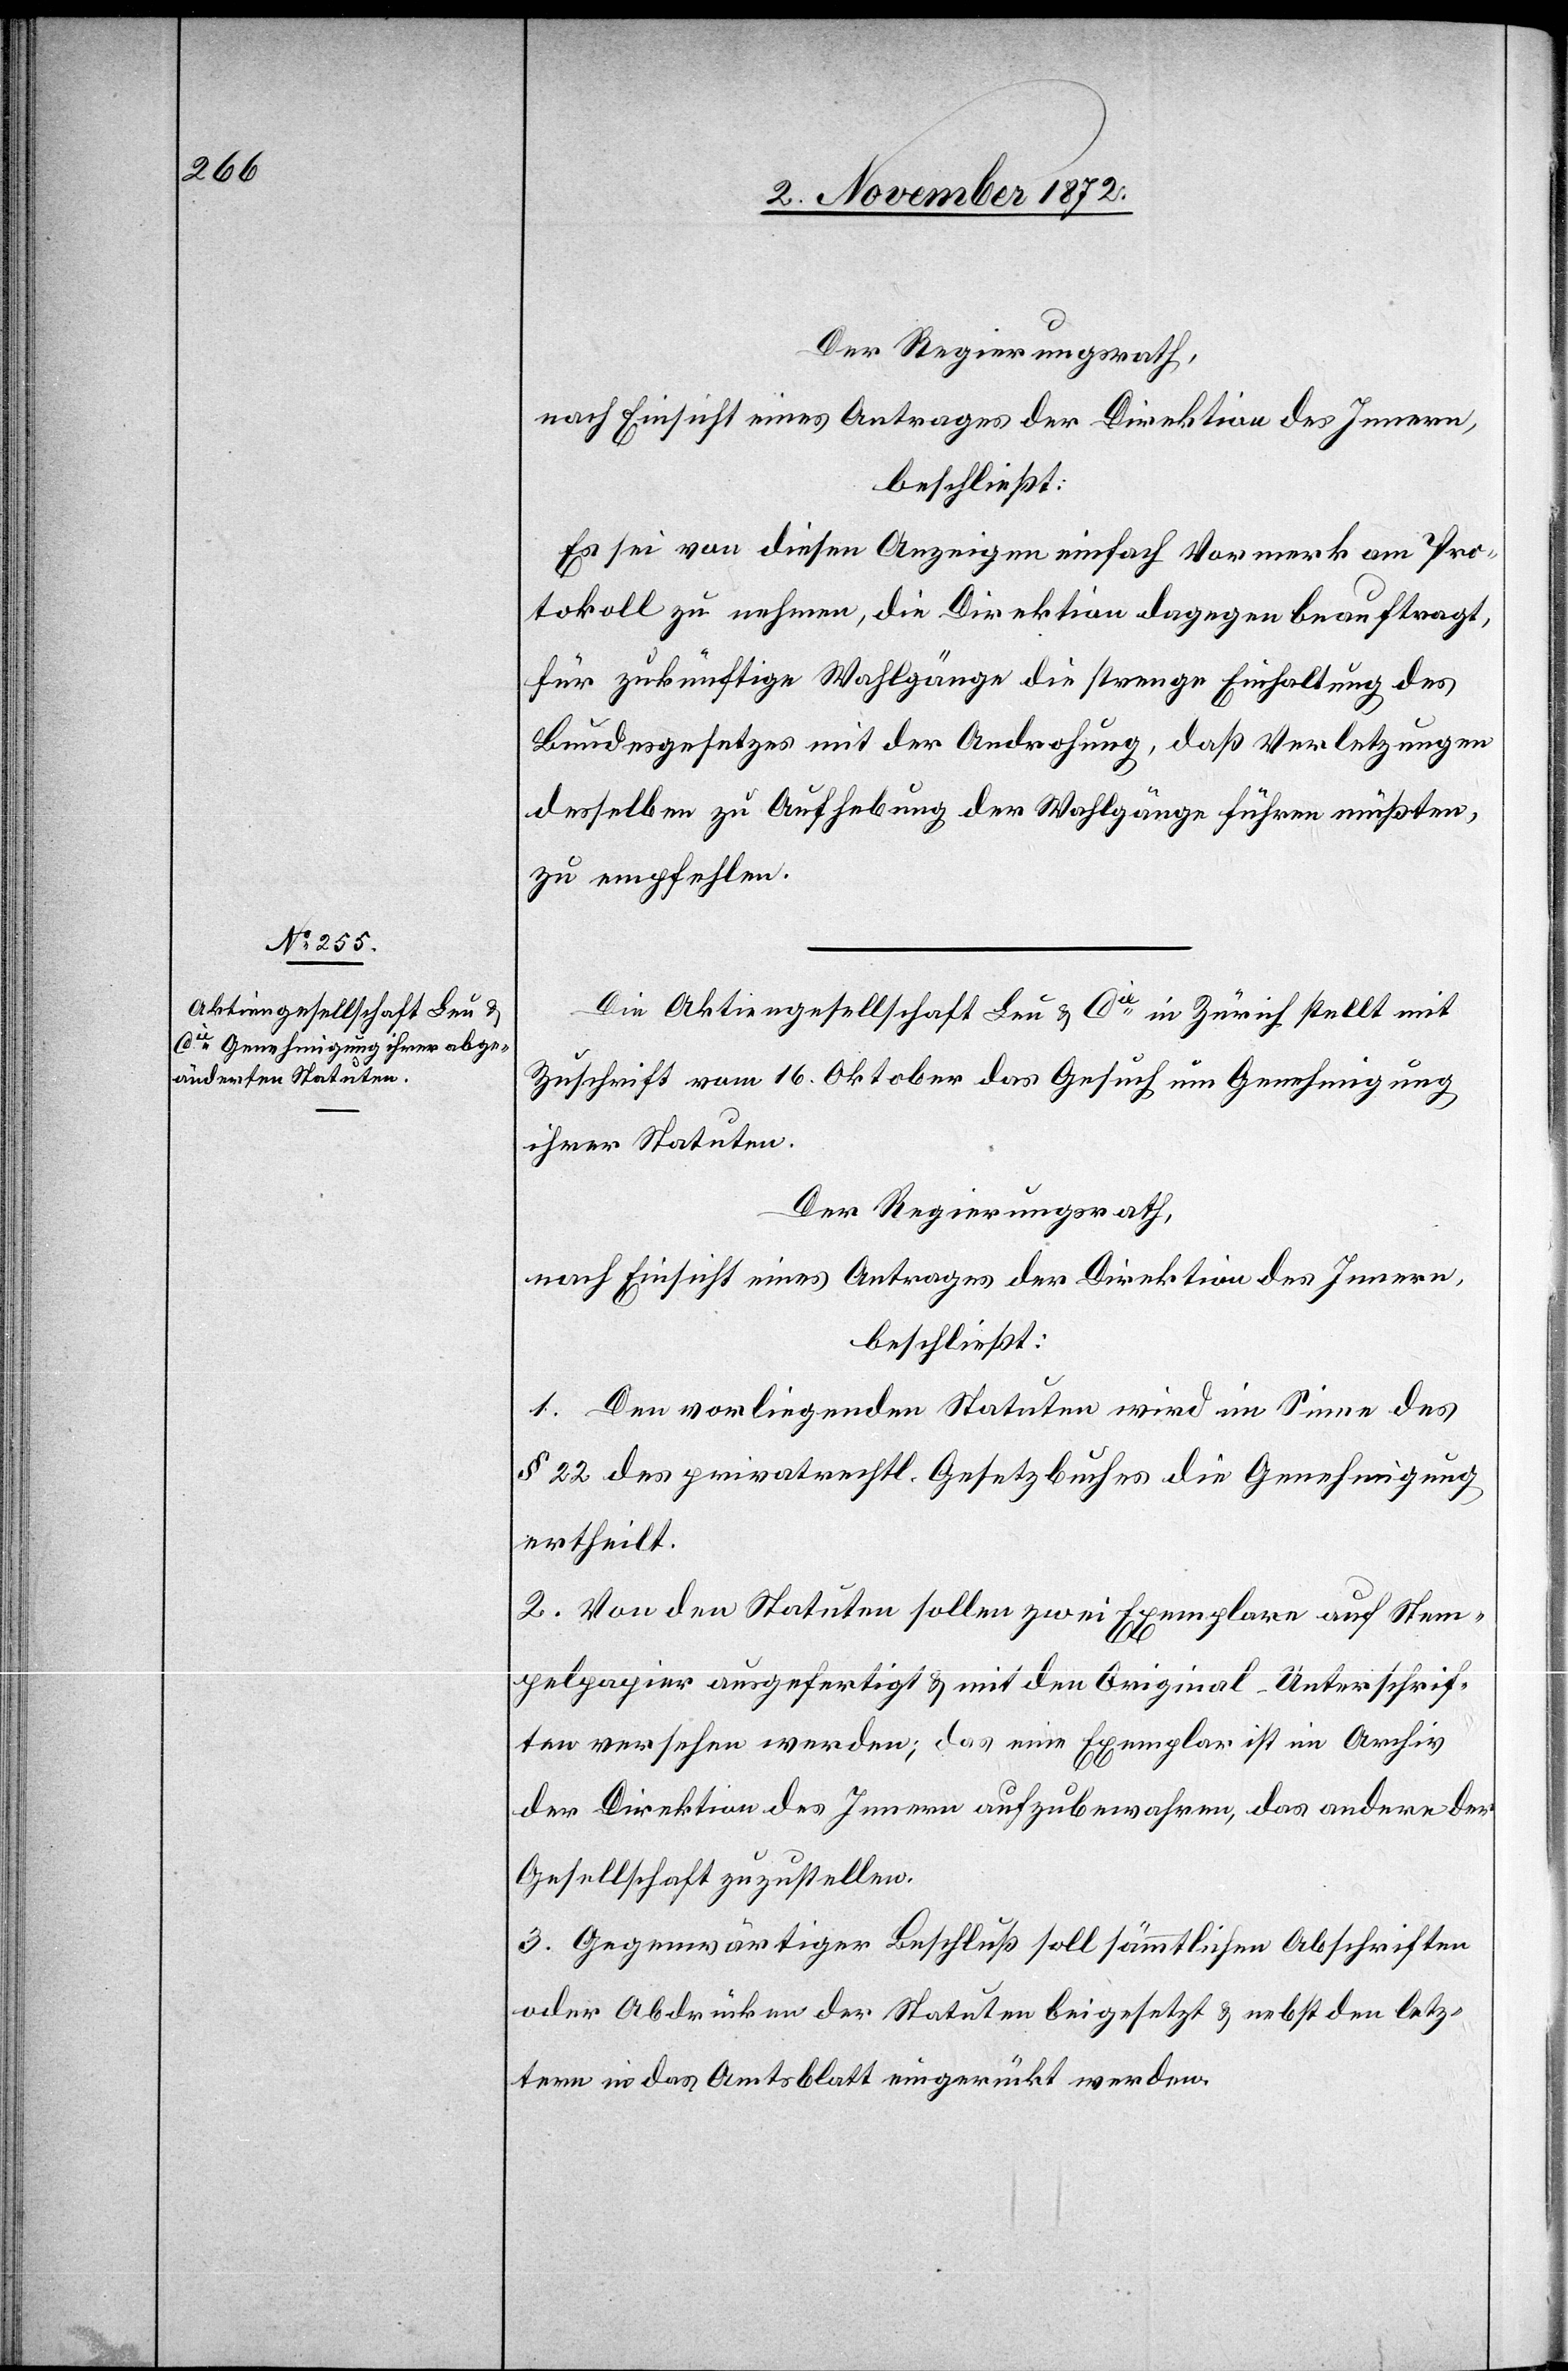
Es sei von diesen Anzeigen einfach Vormerk am Pro¬
tokoll zu nehmen, die Direktion dagegen beauftragt,
für zukünftige Wahlgänge die strenge Einhaltung des
Bundesgesetzes mit der Androhung, daß Verletzungen
desselben zur Aufhebung der Wahlgänge führen müßten,
zu empfehlen.
Die Aktiengesellschaft Leu u. Cie in Zürich stellt mit
Zuschrift vom 16. Oktober das Gesuch um Genehmigung
ihrer Statuten.
Der Regierungsrath,
nach Einsicht eines Antrages der Direktion des Innern,
beschließt:
1. Den vorliegenden Statuten wird im Sinne des
§ 22 des privatrechtl. Gesetzbuches die Genehmigung
ertheilt.
2. Von den Statuten sollen zwei Exemplare auf Stem¬
pelpapier ausgefertigt u. mit den Original-Unterschrif¬
ten versehen werden; das eine Exemplar ist im Archiv
der Direktion des Innern aufzubewahren, das andere der
Gesellschaft zuzustellen.
3. Gegenwärtiger Beschluß soll sämmtlichen Abschriften
oder Abdrücken der Statuten beigesetzt u. nebst den letz¬
tern in das Amtsblatt eingerückt werden.